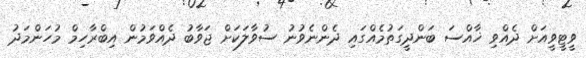
ވީޓީވީއަށް ދެއްވި ޚާއްސަ ބަންދީގަތުމެއްގައި ދެންނެވުނު ސުވާލަކަށް ޖަވާބު ދެއްވަމުން އިބްރާހިމް މުހަންމަދު